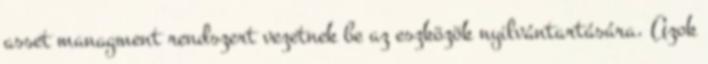
asset managment rendszert vezetnek be az eszközök nyilvántartására. Azok